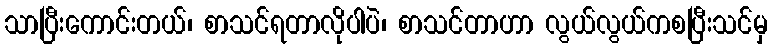
သာပြီးကောင်းတယ်၊ စာသင်ရတာလိုပါပဲ၊ စာသင်တာဟာ လွယ်လွယ်ကစပြီးသင်မှ